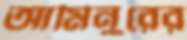
আমিনুরের